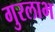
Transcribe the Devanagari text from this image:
गुरलाभ